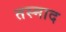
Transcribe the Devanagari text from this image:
तस्माद